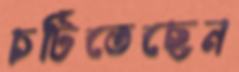
চটিতেছেন